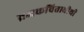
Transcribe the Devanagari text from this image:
व्रजकवितावीथी